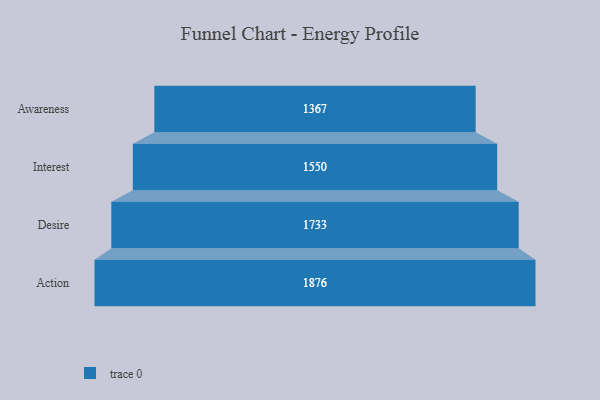
{"axis": {"x": "Stage", "y": "Value"}, "legend": [""], "data": [{"x": "Awareness", "y": 1367.0, "type": ""}, {"x": "Interest", "y": 1550.0, "type": ""}, {"x": "Desire", "y": 1733.0, "type": ""}, {"x": "Action", "y": 1876.0, "type": ""}]}